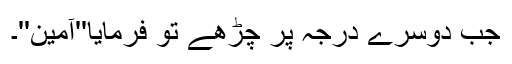
جب دوسرے درجہ پر چڑھے تو فرمایا''آمین''۔